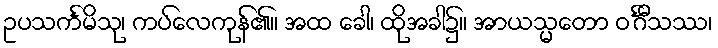
ဥပသင်္ကမိသု၊ ကပ်လေကုန်၏။ အထ ခေါ၊ ထိုအခါ၌။ အာယသ္မတော ဝင်္ဂီသဿ၊